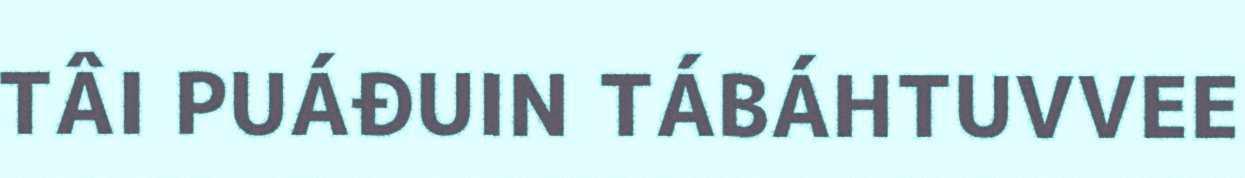
TÂI PUÁĐUIN TÁBÁHTUVVEE